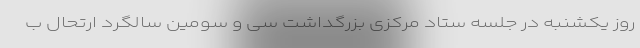
روز یکشنبه در جلسه ستاد مرکزی بزرگداشت سی و سومین سالگرد ارتحال ب